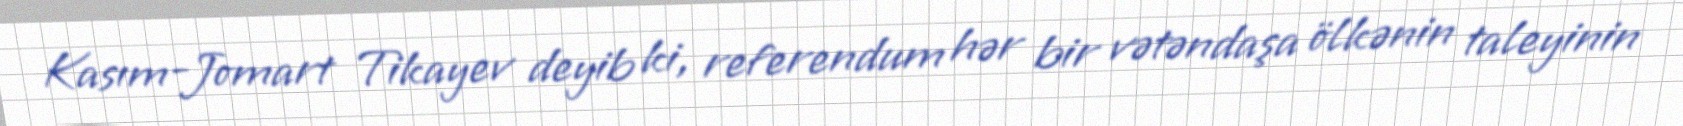
Kasım-Jomart Tikayev deyib ki, referendum hər bir vətəndaşa ölkənin taleyinin